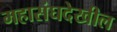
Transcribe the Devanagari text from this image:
महासंघदेखील